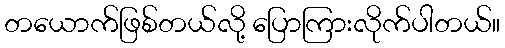
တယောက်ဖြစ်တယ်လို့ ပြောကြားလိုက်ပါတယ်။